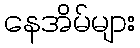
နေအိမ်များ